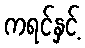
ကရင်နှင့်